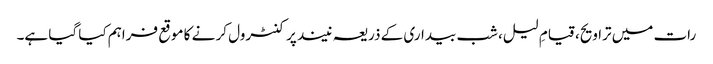
رات میں تراویح، قیامِ لیل، شب بیداری کے ذریعہ نیند پر کنٹرول کر نے کا موقع فراہم کیا گیا ہے۔